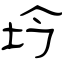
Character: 坅